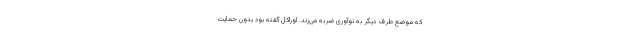
که موضع طرف دیگر به نوآوری ضربه می‌زند. اوراکل گفته بود بدون حمایت